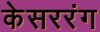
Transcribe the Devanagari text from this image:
केसररंग